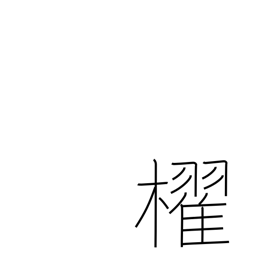
Meaning: paddle